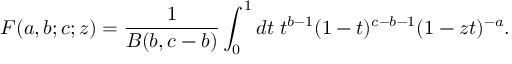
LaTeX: F ( a , b ; c ; z ) = \frac { 1 } { B ( b , c - b ) } \int _ { 0 } ^ { 1 } { d t \; t ^ { b - 1 } ( 1 - t ) ^ { c - b - 1 } ( 1 - z t ) ^ { - a } } .